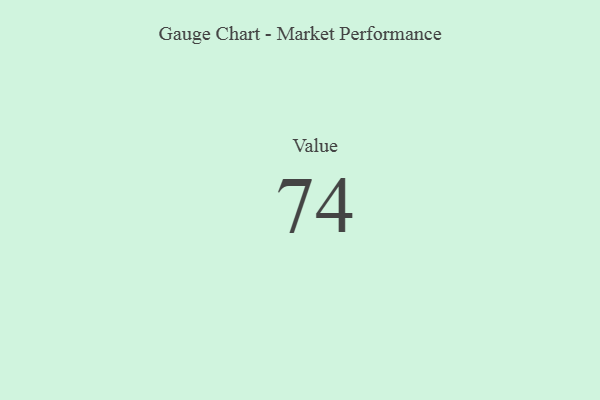
{"axis": {"x": "Metric", "y": "Value"}, "legend": [""], "data": [{"x": "Value", "y": 74, "type": ""}]}